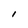
Character: l